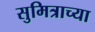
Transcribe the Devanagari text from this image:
सुमित्राच्या